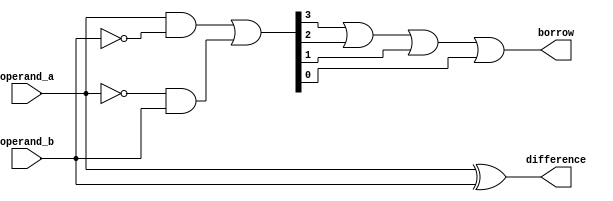
module gate_level_subtractor (
    input [3:0] operand_a,
    input [3:0] operand_b,
    output reg [3:0] difference,
    output reg borrow
);

reg [3:0] xor_result;
reg [3:0] and_result;
reg or_result;

// XOR logic for difference calculation
assign xor_result = operand_a ^ operand_b;

// AND logic for borrow detection
assign and_result = operand_a & (~operand_b) | (~operand_a) & operand_b;

// OR logic for overall borrow output
assign or_result = and_result[3] | and_result[2] | and_result[1] | and_result[0];

always @* begin
    difference = xor_result;
    borrow = or_result;
end

endmodule